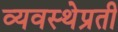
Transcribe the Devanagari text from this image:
व्यवस्थेप्रती